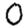
Digit: 0